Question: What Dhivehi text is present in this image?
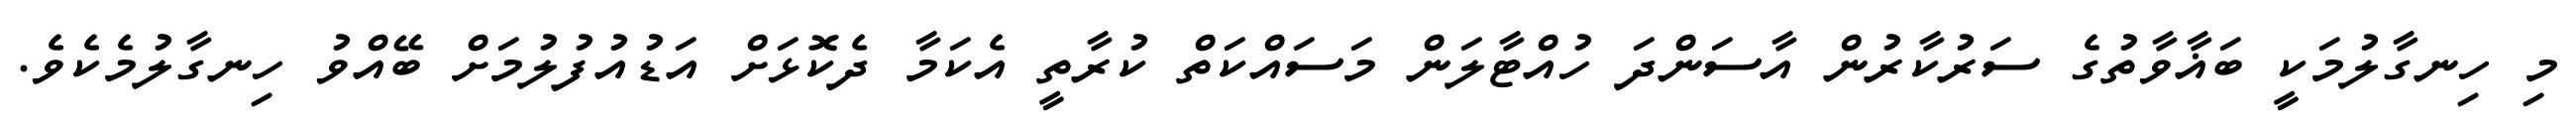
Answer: މި ހިނގާލުމަކީ ބަޣާވާތުގެ ސަރުކާރުން އާސަންދަ ހުއްޓާލަން މަސައްކަތް ކުރާތީ އެކަމާ ދެކޮޅަށް އަޑުއުފުލުމަށް ބޭއްވު ހިނގާލުމެކެވެ.